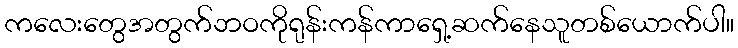
ကလေးတွေအတွက်ဘဝကိုရုန်းကန်ကာရှေ့ဆက်နေသူတစ်ယောက်ပါ။